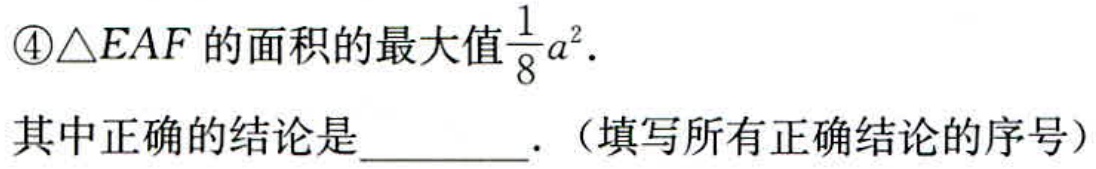
\textcircled{4}其中正确的结论是________.（填写所有正确结论的序号）